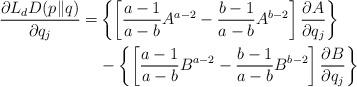
LaTeX: \begin{align*}\frac{\partial L_{d}D(p\|q)}{\partial q_{j}}=&\left\{\left[\frac{a-1}{a-b}A^{a-2}-\frac{b-1}{a-b}A^{b-2}\right]\frac{\partial A}{\partial q_{j}}\right\}\\&-\left\{\left[\frac{a-1}{a-b}B^{a-2}-\frac{b-1}{a-b}B^{b-2}\right]\frac{\partial B}{\partial q_{j}}\right\}\end{align*}